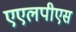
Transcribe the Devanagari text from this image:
एएलपीएस